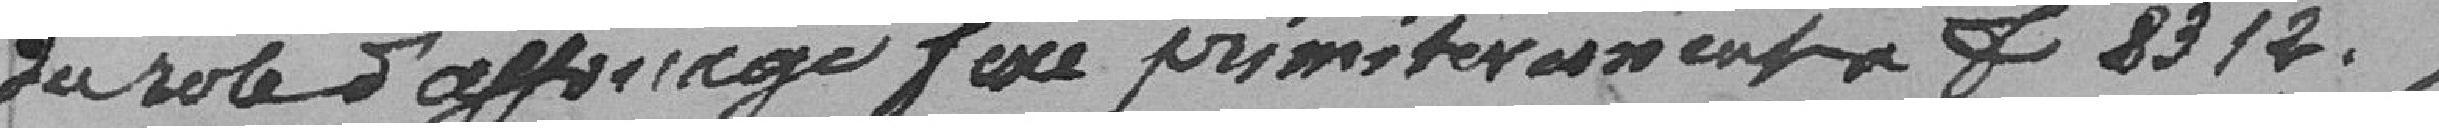
du rôle d'affichage fixé primitivement à 8312 francs.